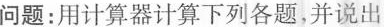
问题：用计算器计算下列各题，并说出